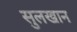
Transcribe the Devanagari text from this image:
सुलखान